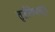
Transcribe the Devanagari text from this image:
तृतीयेपासून